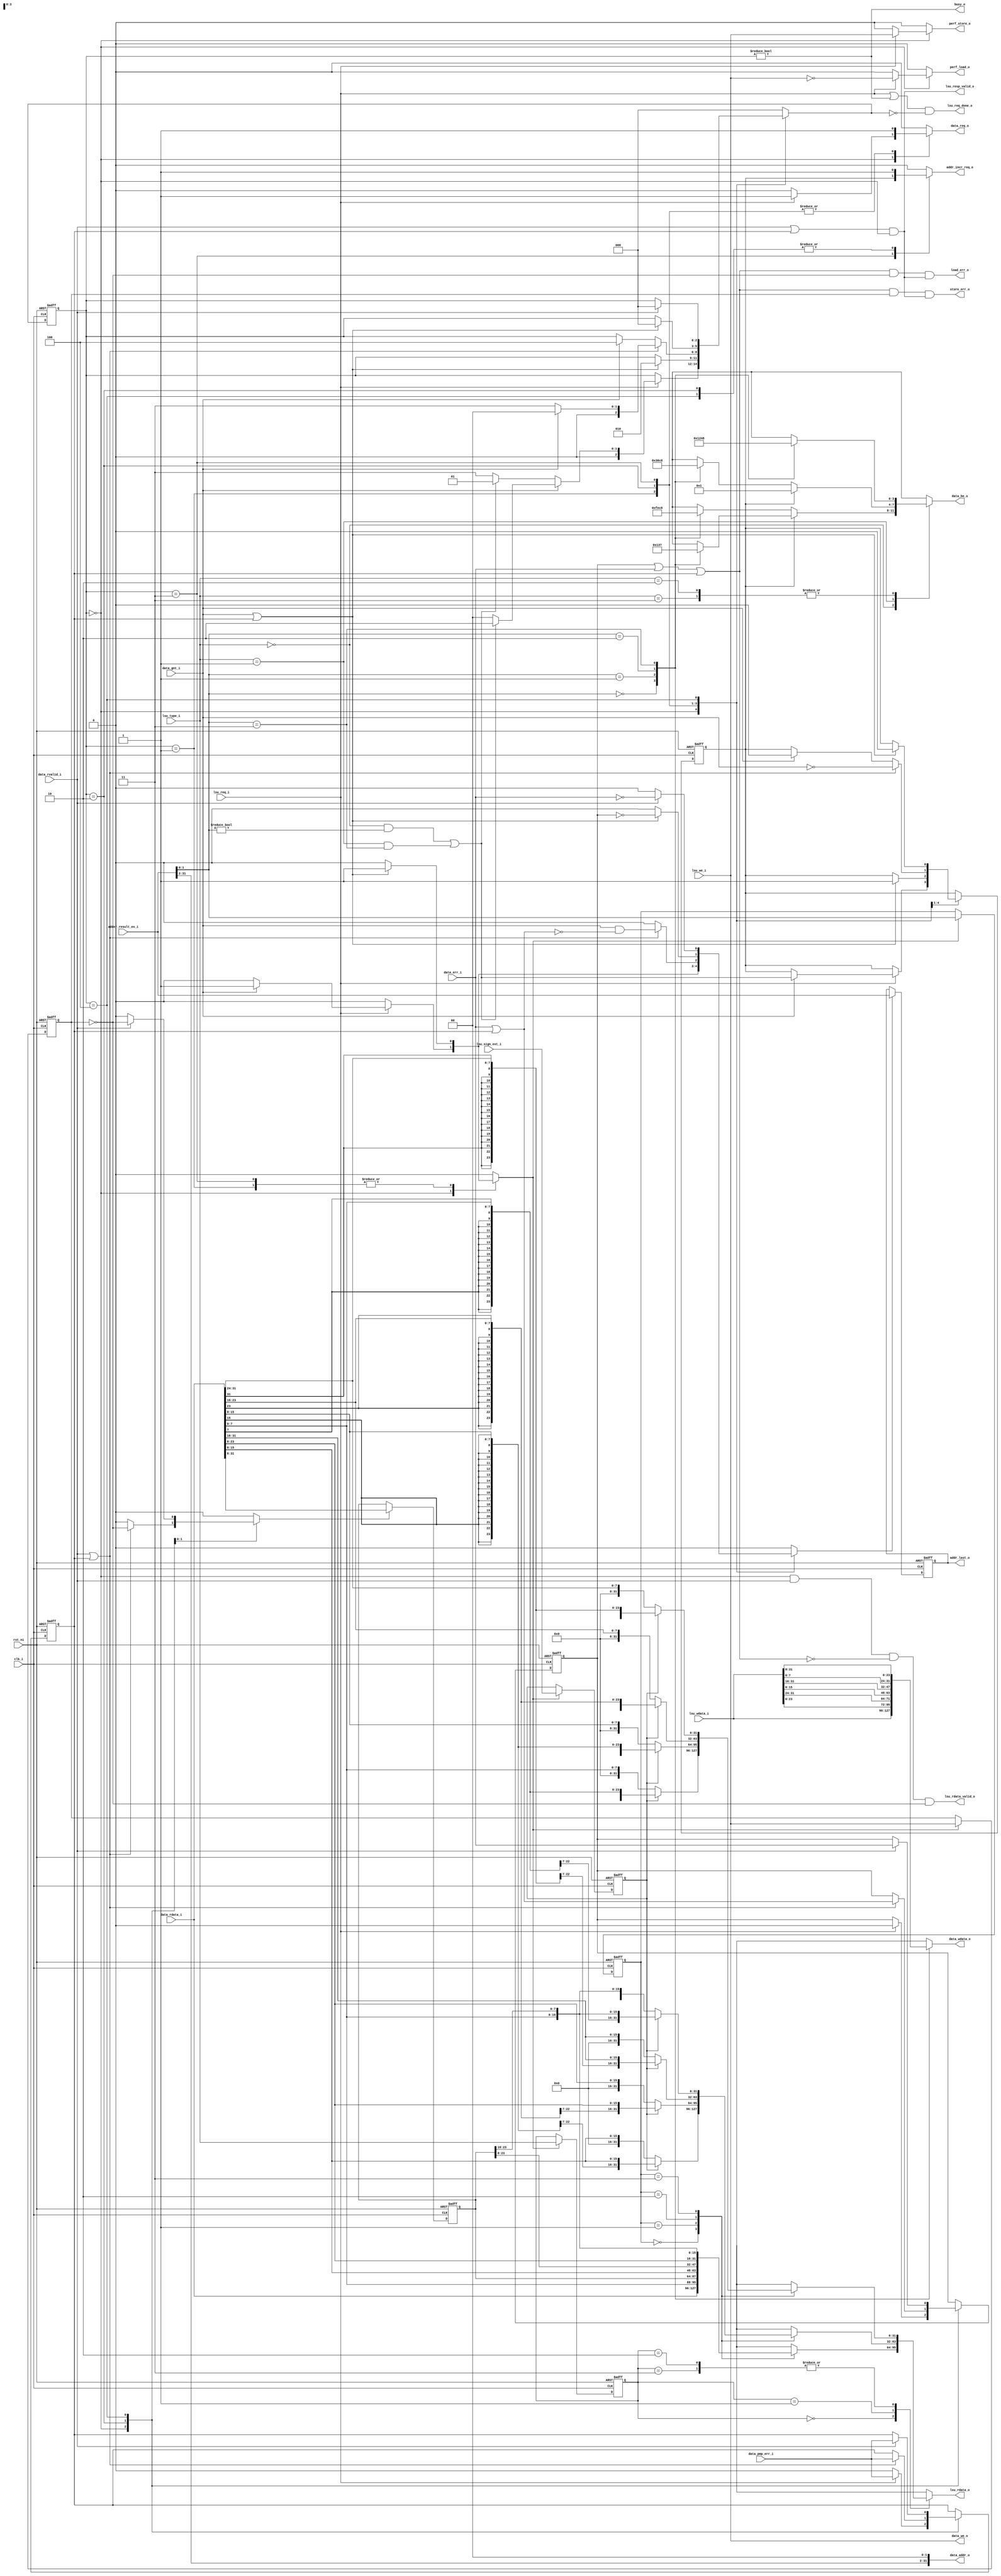
module ibex_load_store_unit (
	clk_i,
	rst_ni,
	data_req_o,
	data_gnt_i,
	data_rvalid_i,
	data_err_i,
	data_pmp_err_i,
	data_addr_o,
	data_we_o,
	data_be_o,
	data_wdata_o,
	data_rdata_i,
	lsu_we_i,
	lsu_type_i,
	lsu_wdata_i,
	lsu_sign_ext_i,
	lsu_rdata_o,
	lsu_rdata_valid_o,
	lsu_req_i,
	adder_result_ex_i,
	addr_incr_req_o,
	addr_last_o,
	lsu_req_done_o,
	lsu_resp_valid_o,
	load_err_o,
	store_err_o,
	busy_o,
	perf_load_o,
	perf_store_o
);
	input wire clk_i;
	input wire rst_ni;
	output reg data_req_o;
	input wire data_gnt_i;
	input wire data_rvalid_i;
	input wire data_err_i;
	input wire data_pmp_err_i;
	output wire [31:0] data_addr_o;
	output wire data_we_o;
	output wire [3:0] data_be_o;
	output wire [31:0] data_wdata_o;
	input wire [31:0] data_rdata_i;
	input wire lsu_we_i;
	input wire [1:0] lsu_type_i;
	input wire [31:0] lsu_wdata_i;
	input wire lsu_sign_ext_i;
	output wire [31:0] lsu_rdata_o;
	output wire lsu_rdata_valid_o;
	input wire lsu_req_i;
	input wire [31:0] adder_result_ex_i;
	output reg addr_incr_req_o;
	output wire [31:0] addr_last_o;
	output wire lsu_req_done_o;
	output wire lsu_resp_valid_o;
	output wire load_err_o;
	output wire store_err_o;
	output wire busy_o;
	output reg perf_load_o;
	output reg perf_store_o;
	wire [31:0] data_addr;
	wire [31:0] data_addr_w_aligned;
	reg [31:0] addr_last_q;
	reg addr_update;
	reg ctrl_update;
	reg rdata_update;
	reg [31:8] rdata_q;
	reg [1:0] rdata_offset_q;
	reg [1:0] data_type_q;
	reg data_sign_ext_q;
	reg data_we_q;
	wire [1:0] data_offset;
	reg [3:0] data_be;
	reg [31:0] data_wdata;
	reg [31:0] data_rdata_ext;
	reg [31:0] rdata_w_ext;
	reg [31:0] rdata_h_ext;
	reg [31:0] rdata_b_ext;
	wire split_misaligned_access;
	reg handle_misaligned_q;
	reg handle_misaligned_d;
	reg pmp_err_q;
	reg pmp_err_d;
	reg lsu_err_q;
	reg lsu_err_d;
	wire data_or_pmp_err;
	reg [2:0] ls_fsm_cs;
	reg [2:0] ls_fsm_ns;
	assign data_addr = adder_result_ex_i;
	assign data_offset = data_addr[1:0];
	always @(*)
		case (lsu_type_i)
			2'b00:
				if (!handle_misaligned_q)
					case (data_offset)
						2'b00: data_be = 4'b1111;
						2'b01: data_be = 4'b1110;
						2'b10: data_be = 4'b1100;
						2'b11: data_be = 4'b1000;
						default: data_be = 4'b1111;
					endcase
				else
					case (data_offset)
						2'b00: data_be = 4'b0000;
						2'b01: data_be = 4'b0001;
						2'b10: data_be = 4'b0011;
						2'b11: data_be = 4'b0111;
						default: data_be = 4'b1111;
					endcase
			2'b01:
				if (!handle_misaligned_q)
					case (data_offset)
						2'b00: data_be = 4'b0011;
						2'b01: data_be = 4'b0110;
						2'b10: data_be = 4'b1100;
						2'b11: data_be = 4'b1000;
						default: data_be = 4'b1111;
					endcase
				else
					data_be = 4'b0001;
			2'b10, 2'b11:
				case (data_offset)
					2'b00: data_be = 4'b0001;
					2'b01: data_be = 4'b0010;
					2'b10: data_be = 4'b0100;
					2'b11: data_be = 4'b1000;
					default: data_be = 4'b1111;
				endcase
			default: data_be = 4'b1111;
		endcase
	always @(*)
		case (data_offset)
			2'b00: data_wdata = lsu_wdata_i[31:0];
			2'b01: data_wdata = {lsu_wdata_i[23:0], lsu_wdata_i[31:24]};
			2'b10: data_wdata = {lsu_wdata_i[15:0], lsu_wdata_i[31:16]};
			2'b11: data_wdata = {lsu_wdata_i[7:0], lsu_wdata_i[31:8]};
			default: data_wdata = lsu_wdata_i[31:0];
		endcase
	always @(posedge clk_i or negedge rst_ni)
		if (!rst_ni)
			rdata_q <= {24 {1'sb0}};
		else if (rdata_update)
			rdata_q <= data_rdata_i[31:8];
	always @(posedge clk_i or negedge rst_ni)
		if (!rst_ni) begin
			rdata_offset_q <= 2'h0;
			data_type_q <= 2'h0;
			data_sign_ext_q <= 1'b0;
			data_we_q <= 1'b0;
		end
		else if (ctrl_update) begin
			rdata_offset_q <= data_offset;
			data_type_q <= lsu_type_i;
			data_sign_ext_q <= lsu_sign_ext_i;
			data_we_q <= lsu_we_i;
		end
	always @(posedge clk_i or negedge rst_ni)
		if (!rst_ni)
			addr_last_q <= {32 {1'sb0}};
		else if (addr_update)
			addr_last_q <= data_addr;
	always @(*)
		case (rdata_offset_q)
			2'b00: rdata_w_ext = data_rdata_i[31:0];
			2'b01: rdata_w_ext = {data_rdata_i[7:0], rdata_q[31:8]};
			2'b10: rdata_w_ext = {data_rdata_i[15:0], rdata_q[31:16]};
			2'b11: rdata_w_ext = {data_rdata_i[23:0], rdata_q[31:24]};
			default: rdata_w_ext = data_rdata_i[31:0];
		endcase
	always @(*)
		case (rdata_offset_q)
			2'b00:
				if (!data_sign_ext_q)
					rdata_h_ext = {16'h0000, data_rdata_i[15:0]};
				else
					rdata_h_ext = {{16 {data_rdata_i[15]}}, data_rdata_i[15:0]};
			2'b01:
				if (!data_sign_ext_q)
					rdata_h_ext = {16'h0000, data_rdata_i[23:8]};
				else
					rdata_h_ext = {{16 {data_rdata_i[23]}}, data_rdata_i[23:8]};
			2'b10:
				if (!data_sign_ext_q)
					rdata_h_ext = {16'h0000, data_rdata_i[31:16]};
				else
					rdata_h_ext = {{16 {data_rdata_i[31]}}, data_rdata_i[31:16]};
			2'b11:
				if (!data_sign_ext_q)
					rdata_h_ext = {16'h0000, data_rdata_i[7:0], rdata_q[31:24]};
				else
					rdata_h_ext = {{16 {data_rdata_i[7]}}, data_rdata_i[7:0], rdata_q[31:24]};
			default: rdata_h_ext = {16'h0000, data_rdata_i[15:0]};
		endcase
	always @(*)
		case (rdata_offset_q)
			2'b00:
				if (!data_sign_ext_q)
					rdata_b_ext = {24'h000000, data_rdata_i[7:0]};
				else
					rdata_b_ext = {{24 {data_rdata_i[7]}}, data_rdata_i[7:0]};
			2'b01:
				if (!data_sign_ext_q)
					rdata_b_ext = {24'h000000, data_rdata_i[15:8]};
				else
					rdata_b_ext = {{24 {data_rdata_i[15]}}, data_rdata_i[15:8]};
			2'b10:
				if (!data_sign_ext_q)
					rdata_b_ext = {24'h000000, data_rdata_i[23:16]};
				else
					rdata_b_ext = {{24 {data_rdata_i[23]}}, data_rdata_i[23:16]};
			2'b11:
				if (!data_sign_ext_q)
					rdata_b_ext = {24'h000000, data_rdata_i[31:24]};
				else
					rdata_b_ext = {{24 {data_rdata_i[31]}}, data_rdata_i[31:24]};
			default: rdata_b_ext = {24'h000000, data_rdata_i[7:0]};
		endcase
	always @(*)
		case (data_type_q)
			2'b00: data_rdata_ext = rdata_w_ext;
			2'b01: data_rdata_ext = rdata_h_ext;
			2'b10, 2'b11: data_rdata_ext = rdata_b_ext;
			default: data_rdata_ext = rdata_w_ext;
		endcase
	assign split_misaligned_access = ((lsu_type_i == 2'b00) && (data_offset != 2'b00)) || ((lsu_type_i == 2'b01) && (data_offset == 2'b11));
	localparam [2:0] IDLE = 0;
	localparam [2:0] WAIT_GNT = 3;
	localparam [2:0] WAIT_GNT_MIS = 1;
	localparam [2:0] WAIT_RVALID_MIS = 2;
	localparam [2:0] WAIT_RVALID_MIS_GNTS_DONE = 4;
	always @(*) begin
		ls_fsm_ns = ls_fsm_cs;
		data_req_o = 1'b0;
		addr_incr_req_o = 1'b0;
		handle_misaligned_d = handle_misaligned_q;
		pmp_err_d = pmp_err_q;
		lsu_err_d = lsu_err_q;
		addr_update = 1'b0;
		ctrl_update = 1'b0;
		rdata_update = 1'b0;
		perf_load_o = 1'b0;
		perf_store_o = 1'b0;
		case (ls_fsm_cs)
			IDLE: begin
				pmp_err_d = 1'b0;
				if (lsu_req_i) begin
					data_req_o = 1'b1;
					pmp_err_d = data_pmp_err_i;
					lsu_err_d = 1'b0;
					perf_load_o = ~lsu_we_i;
					perf_store_o = lsu_we_i;
					if (data_gnt_i) begin
						ctrl_update = 1'b1;
						addr_update = 1'b1;
						handle_misaligned_d = split_misaligned_access;
						ls_fsm_ns = (split_misaligned_access ? WAIT_RVALID_MIS : IDLE);
					end
					else
						ls_fsm_ns = (split_misaligned_access ? WAIT_GNT_MIS : WAIT_GNT);
				end
			end
			WAIT_GNT_MIS: begin
				data_req_o = 1'b1;
				if (data_gnt_i || pmp_err_q) begin
					addr_update = 1'b1;
					ctrl_update = 1'b1;
					handle_misaligned_d = 1'b1;
					ls_fsm_ns = WAIT_RVALID_MIS;
				end
			end
			WAIT_RVALID_MIS: begin
				data_req_o = 1'b1;
				addr_incr_req_o = 1'b1;
				if (data_rvalid_i || pmp_err_q) begin
					pmp_err_d = data_pmp_err_i;
					lsu_err_d = data_err_i | pmp_err_q;
					rdata_update = ~data_we_q;
					ls_fsm_ns = (data_gnt_i ? IDLE : WAIT_GNT);
					addr_update = data_gnt_i & ~(data_err_i | pmp_err_q);
					handle_misaligned_d = ~data_gnt_i;
				end
				else if (data_gnt_i) begin
					ls_fsm_ns = WAIT_RVALID_MIS_GNTS_DONE;
					handle_misaligned_d = 1'b0;
				end
			end
			WAIT_GNT: begin
				addr_incr_req_o = handle_misaligned_q;
				data_req_o = 1'b1;
				if (data_gnt_i || pmp_err_q) begin
					ctrl_update = 1'b1;
					addr_update = ~lsu_err_q;
					ls_fsm_ns = IDLE;
					handle_misaligned_d = 1'b0;
				end
			end
			WAIT_RVALID_MIS_GNTS_DONE: begin
				addr_incr_req_o = 1'b1;
				if (data_rvalid_i) begin
					pmp_err_d = data_pmp_err_i;
					lsu_err_d = data_err_i;
					addr_update = ~data_err_i;
					rdata_update = ~data_we_q;
					ls_fsm_ns = IDLE;
				end
			end
			default: ls_fsm_ns = IDLE;
		endcase
	end
	assign lsu_req_done_o = (lsu_req_i | (ls_fsm_cs != IDLE)) & (ls_fsm_ns == IDLE);
	always @(posedge clk_i or negedge rst_ni)
		if (!rst_ni) begin
			ls_fsm_cs <= IDLE;
			handle_misaligned_q <= 1'b0;
			pmp_err_q <= 1'b0;
			lsu_err_q <= 1'b0;
		end
		else begin
			ls_fsm_cs <= ls_fsm_ns;
			handle_misaligned_q <= handle_misaligned_d;
			pmp_err_q <= pmp_err_d;
			lsu_err_q <= lsu_err_d;
		end
	assign data_or_pmp_err = (lsu_err_q | data_err_i) | pmp_err_q;
	assign lsu_resp_valid_o = (data_rvalid_i | pmp_err_q) & (ls_fsm_cs == IDLE);
	assign lsu_rdata_valid_o = (((ls_fsm_cs == IDLE) & data_rvalid_i) & ~data_or_pmp_err) & ~data_we_q;
	assign lsu_rdata_o = data_rdata_ext;
	assign data_addr_w_aligned = {data_addr[31:2], 2'b00};
	assign data_addr_o = data_addr_w_aligned;
	assign data_wdata_o = data_wdata;
	assign data_we_o = lsu_we_i;
	assign data_be_o = data_be;
	assign addr_last_o = addr_last_q;
	assign load_err_o = (data_or_pmp_err & ~data_we_q) & lsu_resp_valid_o;
	assign store_err_o = (data_or_pmp_err & data_we_q) & lsu_resp_valid_o;
	assign busy_o = ls_fsm_cs != IDLE;
endmodule